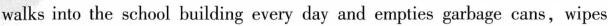
walks into the school building every day and empties garbage cans,wipes